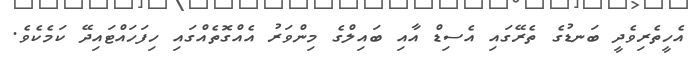
އެހީތެރިވެދީ ބަނޑުގެ ތެރޭގައި އެސިޑް އާއި ބައިލްގެ މިންވަރު އެއްގޮތެއްގައި ހިފަހައްޓައިދޭ ކަމެކެވެ.